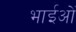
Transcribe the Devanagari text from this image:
भाईओं